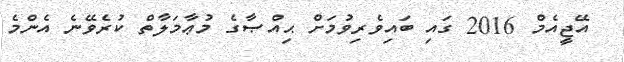
އޭޖީއެމް 2016 ގައި ބައިވެރިވުމަށް ޙިއްޞާގެ މުޢާމަލާތް ކުރެވޭނެ އެންމެ